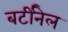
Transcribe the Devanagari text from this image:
बर्टीनेल